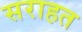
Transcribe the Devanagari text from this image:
सराहत